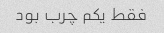
فقط یکم چرب بود